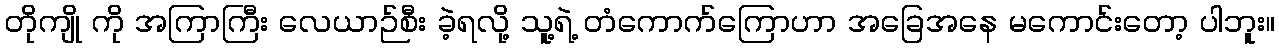
တိုကျို ကို အကြာကြီး လေယာဉ်စီး ခဲ့ရလို့ သူ့ရဲ့ တံကောက်ကြောဟာ အခြေအနေ မကောင်းတော့ ပါဘူး။